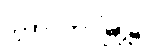
ဂျကာတာမြို့၌